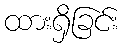
ထားရှိခြင်း